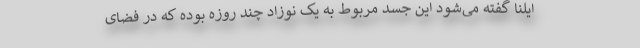
ایلنا گفته می‌شود این جسد مربوط به یک نوزاد چند روزه بوده که در فضای